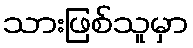
သားဖြစ်သူမှာ